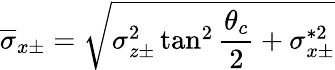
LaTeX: \overline{{\sigma}}_{x\pm}=\sqrt{\sigma_{z\pm}^{2}\tan^{2}\frac{\theta_{c}}{2}+\sigma_{x\pm}^{*2}}